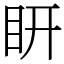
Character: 䀘